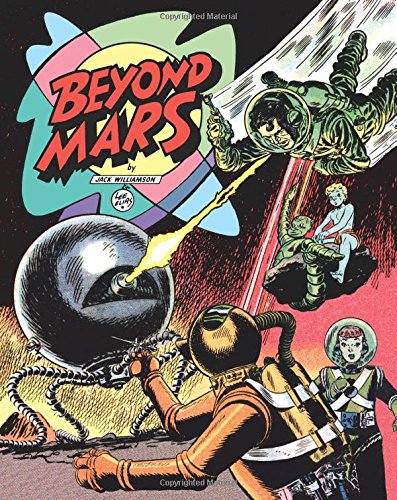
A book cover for Beyond Mars; Jack Williamson; Comics & Graphic Novels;